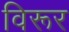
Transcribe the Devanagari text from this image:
विरूर